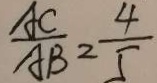
\frac { A C } { A B } = \frac { 4 } { 5 }